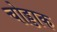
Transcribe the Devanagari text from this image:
चोड्डाक